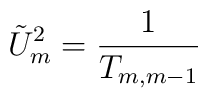
\tilde{U}_m^2=\frac{1}{T_{m,m-1}}